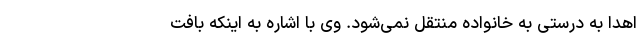
اهدا به درستی به خانواده منتقل نمی‌شود. وی با اشاره به اینکه بافت